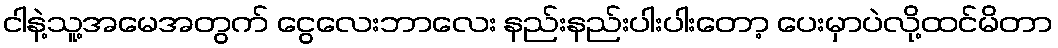
ငါနဲ့သူ့အမေအတွက် ငွေလေးဘာလေး နည်းနည်းပါးပါးတော့ ပေးမှာပဲလို့ထင်မိတာ